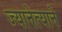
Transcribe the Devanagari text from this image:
ज्यानेत्याने